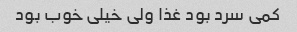
کمی سرد بود غذا ولی خیلی خوب بود